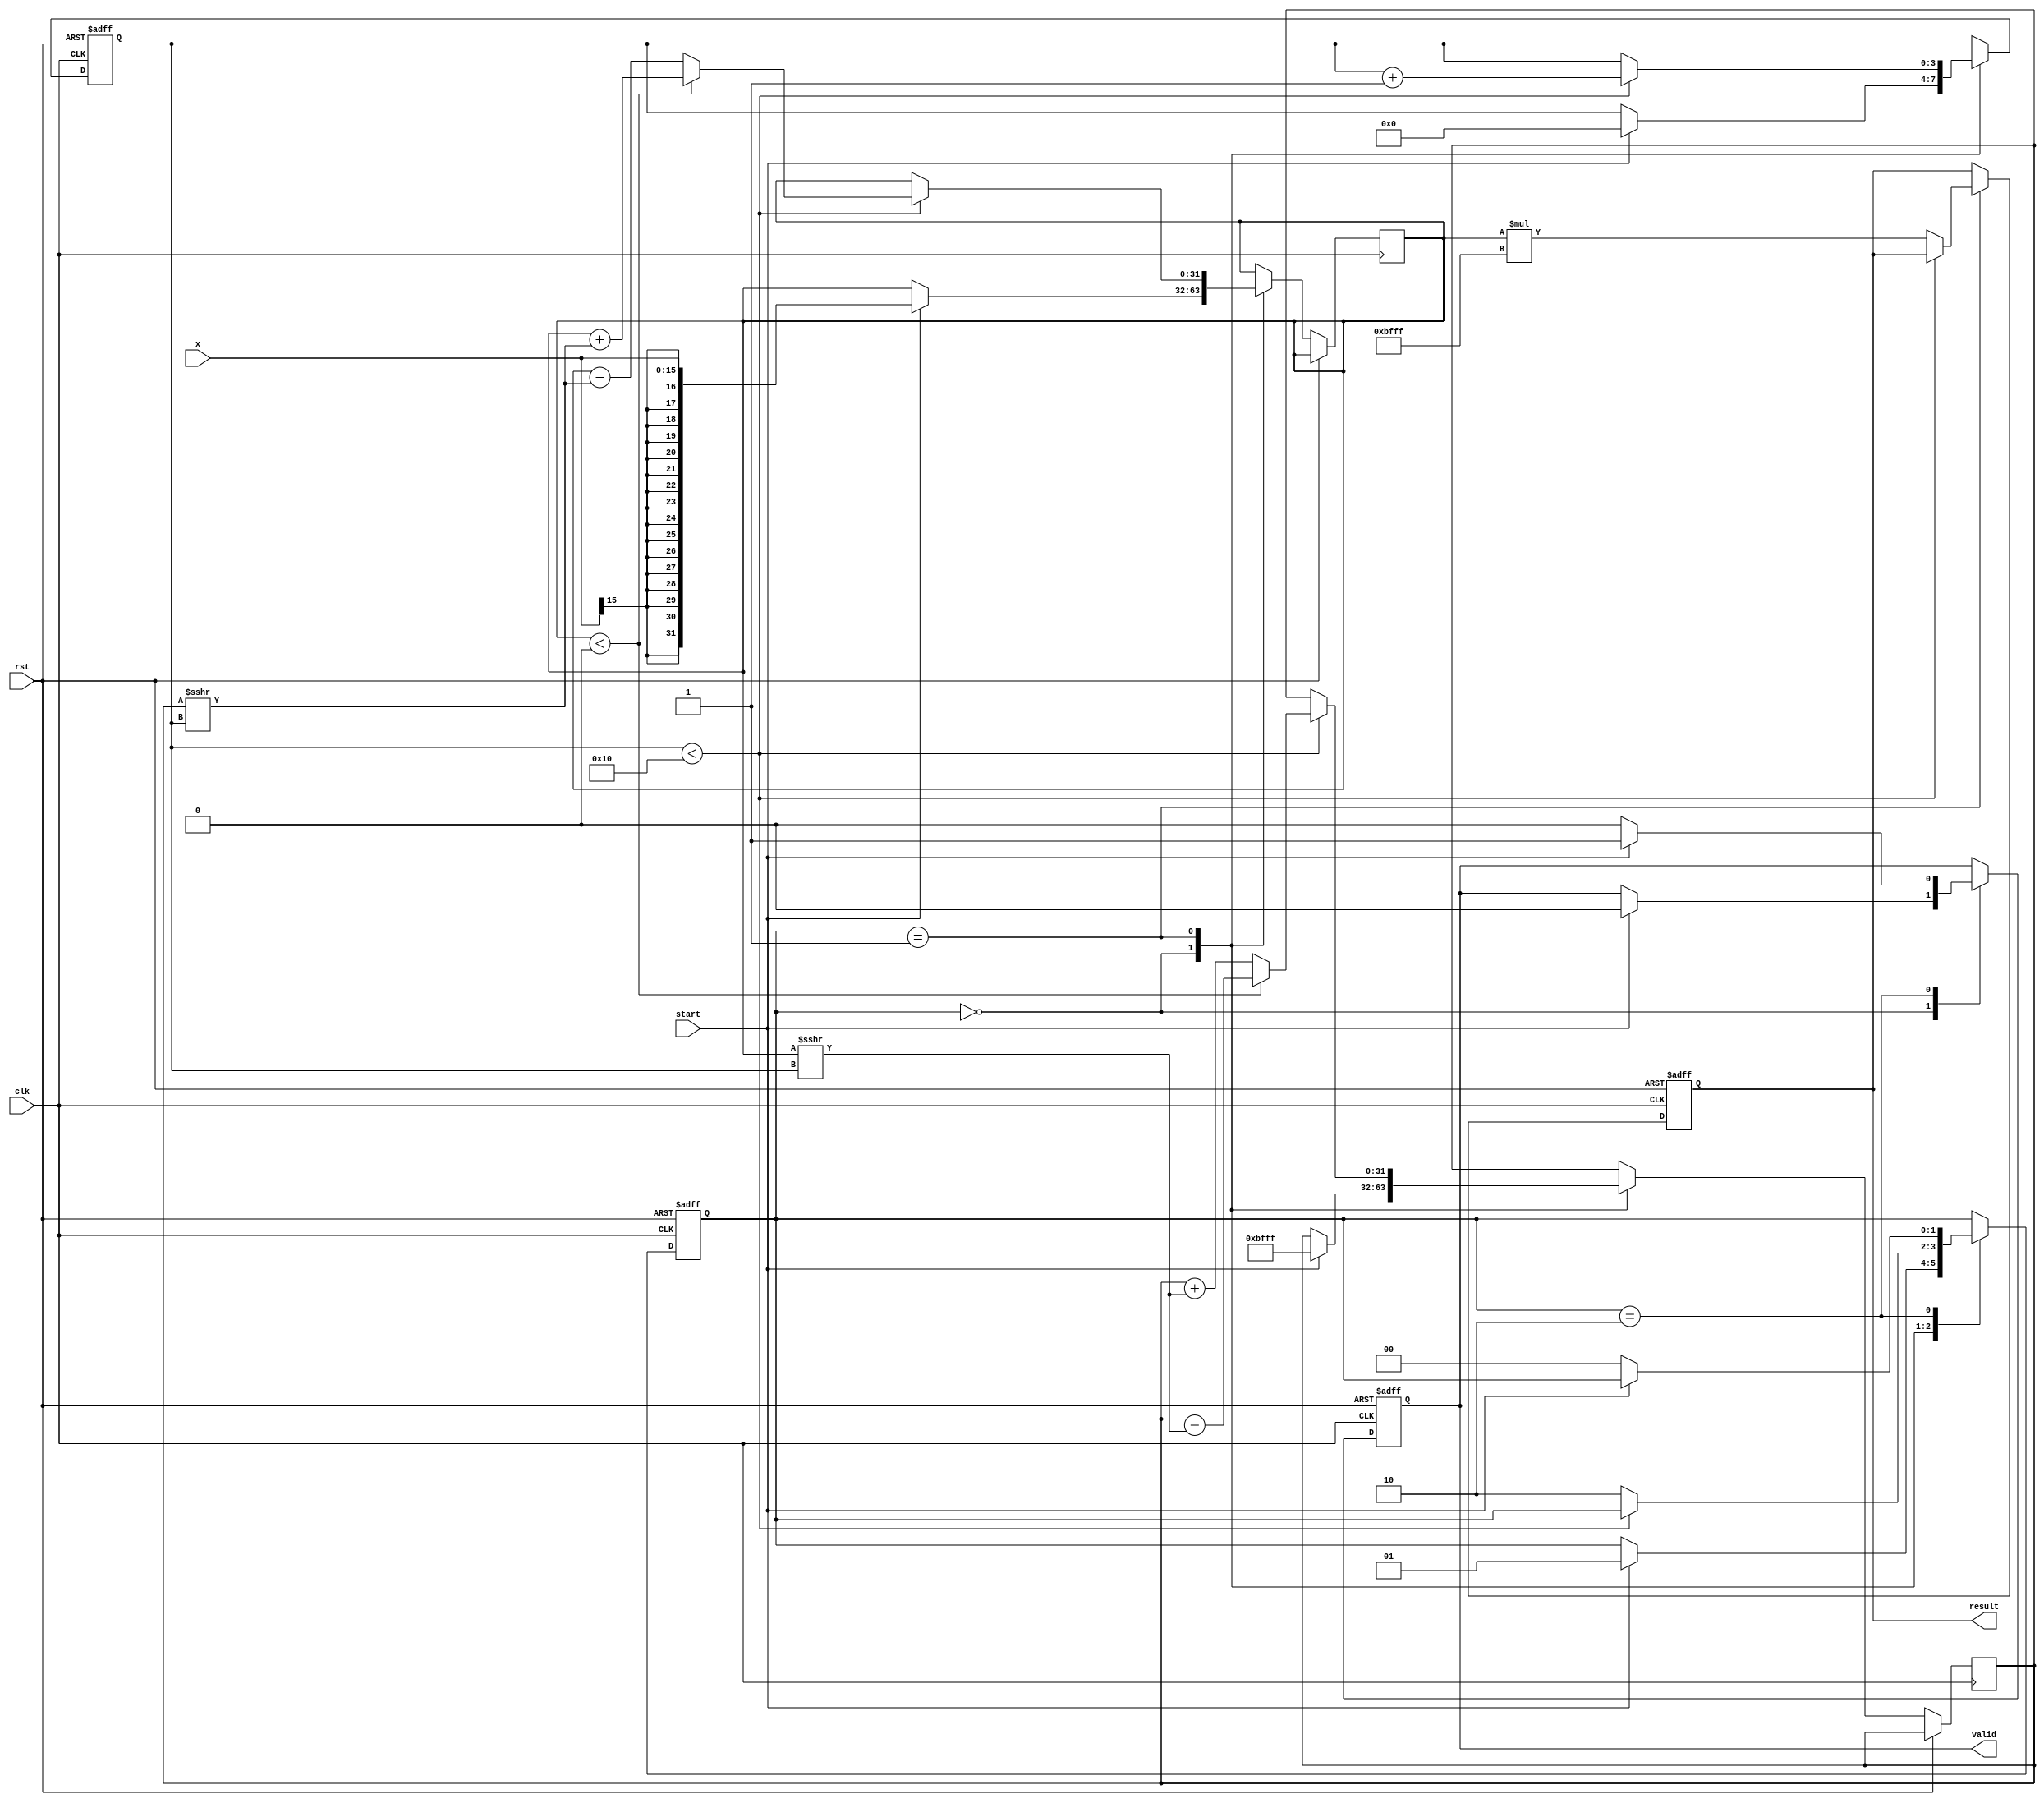
module cordic_exponential (
    input wire clk,
    input wire rst,
    input wire start,
    input wire signed [15:0] x, // Fixed-point input
    output reg signed [31:0] result, // Fixed-point output
    output reg valid // Output valid signal
);

    // Parameters
    parameter NUM_ITERATIONS = 16; // Number of iterations for CORDIC
    parameter FIXED_POINT_SCALE = 16'hBFFF; // Scaling factor (approx. 0.5)
    
    // CORDIC angle lookup table (in radians)
    reg [15:0] angles [0:NUM_ITERATIONS-1];
    initial begin
        angles[0] = 16'h0000; // 0 degrees
        angles[1] = 16'h1C71; // 45 degrees
        angles[2] = 16'h1A6D; // 26.565 degrees
        angles[3] = 16'h1718; // 14.036 degrees
        angles[4] = 16'h1555; // 7.125 degrees
        angles[5] = 16'h1387; // 3.576 degrees
        angles[6] = 16'h12D1; // 1.789 degrees
        angles[7] = 16'h1236; // 0.895 degrees
        angles[8] = 16'h119A; // 0.447 degrees
        angles[9] = 16'h112D; // 0.224 degrees
        angles[10] = 16'h10E8; // 0.112 degrees
        angles[11] = 16'h10B4; // 0.056 degrees
        angles[12] = 16'h1090; // 0.028 degrees
        angles[13] = 16'h1070; // 0.014 degrees
        angles[14] = 16'h1058; // 0.007 degrees
        angles[15] = 16'h1044; // 0.003 degrees
    end

    // Internal registers
    reg signed [31:0] x_reg, y_reg; // CORDIC coordinates
    reg [3:0] iteration; // Iteration counter
    reg [1:0] state; // State machine
    localparam IDLE = 2'b00, RUN = 2'b01, DONE = 2'b10;

    // State machine for control logic
    always @(posedge clk or posedge rst) begin
        if (rst) begin
            state <= IDLE;
            valid <= 0;
            iteration <= 0;
            result <= 0;
        end else begin
            case (state)
                IDLE: begin
                    if (start) begin
                        // Initialize CORDIC coordinates
                        x_reg <= x;
                        y_reg <= FIXED_POINT_SCALE; // Initial y = 1 (scaled)
                        iteration <= 0;
                        state <= RUN;
                        valid <= 0;
                    end
                end
                RUN: begin
                    if (iteration < NUM_ITERATIONS) begin
                        // CORDIC rotation
                        if (x_reg < 0) begin
                            x_reg <= x_reg + (y_reg >>> iteration);
                            y_reg <= y_reg - (x_reg >>> iteration);
                        end else begin
                            x_reg <= x_reg - (y_reg >>> iteration);
                            y_reg <= y_reg + (x_reg >>> iteration);
                        end
                        iteration <= iteration + 1;
                    end else begin
                        // Final scaling
                        result <= x_reg * FIXED_POINT_SCALE; // Scale the result
                        state <= DONE;
                    end
                end
                DONE: begin
                    valid <= 1; // Output is valid
                    if (!start) begin
                        state <= IDLE; // Go back to idle state
                        valid <= 0; // Reset valid signal
                    end
                end
            endcase
        end
    end

endmodule